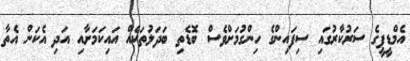
އެމްޑީޕީގެ ސަރުކާރުގައި ސިފައިންގެ ހިންގުމަށްވެސް ބޮޑެތި ބަދަލުތަކެއް އައިކަމަށާއި އަދި އެކަން އެތާ